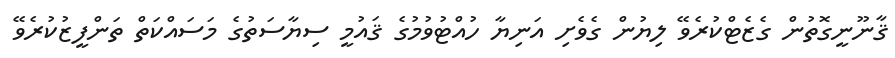
ޤާނޫނީގޮތުން ގެޒެޓްކުރެވޭ ލިޔުން ގެވެށި އަނިޔާ ހުއްޓުވުމުގެ ޤައުމީ ސިޔާސަތުގެ މަސައްކަތް ތަންފީޒުކުރެވޭ